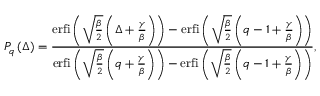
P _ { q } \left( \Delta \right) = \frac { \mathrm { e r f i } \left( \sqrt { \frac { \beta } { 2 } } \left( \Delta + \frac { \gamma } { \beta } \right) \right) - \mathrm { e r f i } \left( \sqrt { \frac { \beta } { 2 } } \left( q - 1 + \frac { \gamma } { \beta } \right) \right) } { \mathrm { e r f i } \left( \sqrt { \frac { \beta } { 2 } } \left( q + \frac { \gamma } { \beta } \right) \right) - { \mathrm { e r f i } \left( \sqrt { \frac { \beta } { 2 } } \left( q - 1 + \frac { \gamma } { \beta } \right) \right) } } ,